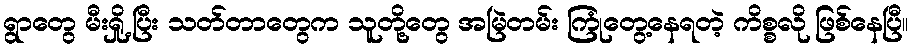
ရွာတွေ မီးရှို့ပြီး သတ်တာတွေက သူတို့တွေ အမြဲတမ်း ကြုံတွေ့နေရတဲ့ ကိစ္စလို ဖြစ်နေပြီ။